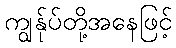
ကျွန်ုပ်တို့အနေဖြင့်